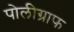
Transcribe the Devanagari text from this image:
पोलीग्राफ